Report of the Indian Hemp Drugs Commission, 1894-1895 - Volume VIII
Year: 1894
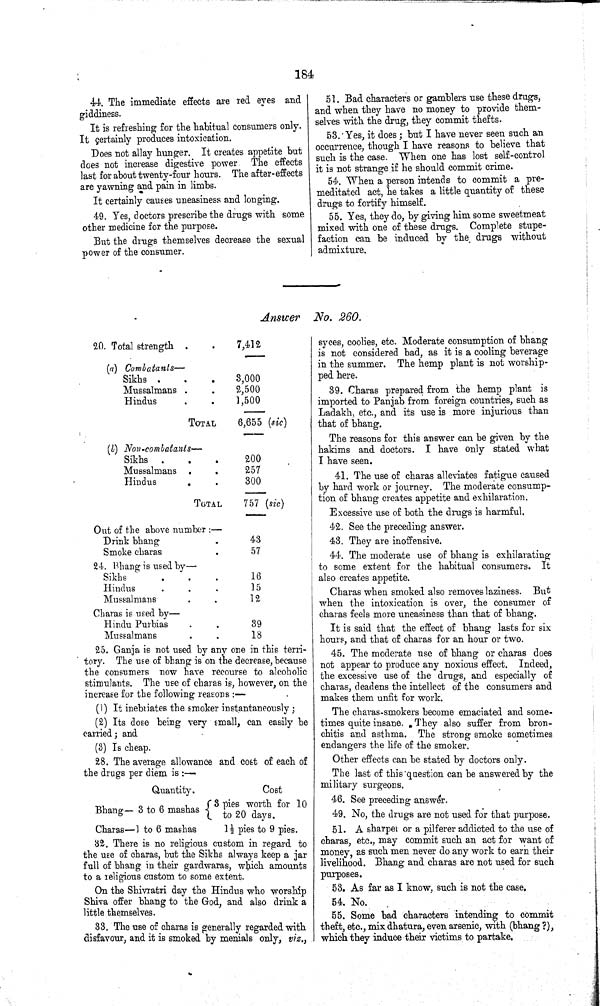
184
44. The immediate effects are red eyes and
giddiness.
It is refreshing for the habitual consumers only.
It certainly produces intoxication.
Does not allay hunger. It creates appetite but
does not increase digestive power The effects
last for about twenty-four hours. The after-effects
are yawning and pain in limbs.
It certainly causes uneasiness and longing.
49. Yes, doctors prescribe the drugs with some
other medicine for the purpose.
But the drugs themselves decrease the sexual
power of the consumer.
51. Bad characters or gamblers use these drugs,
and when they have no money to provide them¬
selves with the drug, they commit thefts.
53. Yes, it does; but I have never seen such an
occurrence, though I have reasons to believe that
such is the case. When one has lost self-control
it is not strange if he should commit crime.
54. When a person intends to commit a pre¬
meditated act, he takes a little quantity of these
drugs to fortify himself.
55. Yes, they do, by giving him some sweetmeat
mixed with one of these drugs. Complete stupe¬
faction can be induced by the drugs without
admixture.
Answer No. 260.
20. Total strength
7,412
(a) Combatants—
Sikhs
3,000
Mussalmans
2,500
Hindus
1,500
TOTAL
6,655 (sic)
(b) Non-combatants—
Sikhs
200
Mussalmans
257
Hindus
300
TOTAL
757 (sic)
Out of the above number:—
Drink bhang
43
Smoke charas
57
24. Bhang is used by—
Sikhs
16
Hindus
15
Mussalmans
12
Charas is used by—
Hindu Purbias
39
Mussalmans
18
25. Ganja is not used by any one in this terri¬
tory. The use of bhang is on the decrease, because
the consumers now have recourse to alcoholic
stimulants. The use of charas is, however, on the
increase for the following reasons:—
(1) It inebriates the smoker instantaneously;
(2) Its dose being very small, can easily be
carried; and
(3) Is cheap.
28. The average allowance and cost of each of
the drugs per diem is:—
Quantity.
Bhang— 3 to 6 mashas
Charas— 1 to 6 mashas
Cost
8 pies worth for 10
to 20 days.
11/2 pies to 9 pies.
32. There is no religious custom in regard to
the use of charas, but the Sikhs always keep a jar
full of bhang in their gardwaras, which amounts
to a religious custom to some extent.
On the Shivratri day the Hindus who worship
Shiva offer bhang to the God, and also drink a
little themselves.
33. The use of charas is generally regarded with
disfavour, and it is smoked by menials only, viz.,
syces, coolies, etc. Moderate consumption of bhang
is not considered bad, as it is a cooling beverage
in the summer. The hemp plant is not worship¬
ped here.
39. Charas prepared from the hemp plant is
imported to Panjab from foreign countries, such as
Ladakh, etc., and its use is more injurious than
that of bhang.
The reasons for this answer can be given by the
hakims and doctors. I have only stated what
I have seen.
41. The use of charas alleviates fatigue caused
by hard work or journey. The moderate consump¬
tion of bhang creates appetite and exhilaration.
Excessive use of both the drugs is harmful.
42. See the preceding answer.
43. They are inoffensive.
44. The moderate use of bhang is exhilarating
to some extent for the habitual consumers. It
also creates appetite.
Charas when smoked also removes laziness. But
when the intoxication is over, the consumer of
charas feels more uneasiness than that of bhang.
It is said that the effect of bhang lasts for six
hours, and that of charas for an hour or two.
45. The moderate use of bhang or charas does
not appear to produce any noxious effect. Indeed,
the excessive use of the drugs, and especially of
charas, deadens the intellect of the consumers and
makes them unfit for work.
The charas-smokers become emaciated and some¬
times quite insane. They also suffer from bron¬
chitis and asthma. The strong smoke sometimes
endangers the life of the smoker.
Other effects can be stated by doctors only.
The last of this question can be answered by the
military surgeons.
46. See preceding answer.
49. No, the drugs are not used for that purpose.
51. A sharper or a pilferer addicted to the use of
charas, etc., may commit such an act for want of
money, as such men never do any work to earn their
livelihood. Bhang and charas are not used for such
purposes.
53. As far as I know, such is not the case.
54. No.
55. Some bad characters intending to commit
theft, etc., mix dhatura, even arsenic, with (bhang ?),
which they induce their victims to partake.